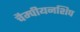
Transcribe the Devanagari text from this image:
चैम्पीयनशिप